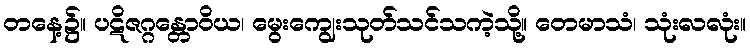
တနေ့၌။ ပဋိဇဂ္ဂန္တောဝိယ၊ မွေးကျွေးသုတ်သင်သကဲ့သို့။ တေမာသံ၊ သုံးလလုံး။